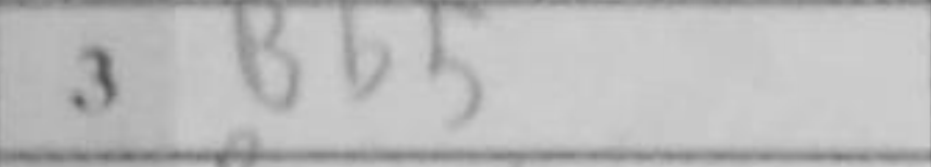
Transcription: Bb5